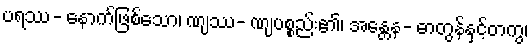
ပရဿ- နောက်ဖြစ်သော၊ ဏျဿ- ဏျပစ္စည်း၏၊ အန္တေန- ဓာတွန်နှင့်တကွ၊